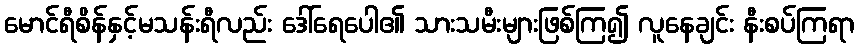
မောင်ရီစိန်နှင့်မသန်းရီလည်း ဒေါ်ရေပေါ၏ သားသမီးများဖြစ်ကြ၍ လူနေချင်း နီးစပ်ကြရာ